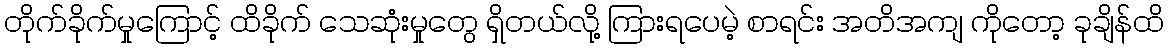
တိုက်ခိုက်မှုကြောင့် ထိခိုက် သေဆုံးမှုတွေ ရှိတယ်လို့ ကြားရပေမဲ့ စာရင်း အတိအကျ ကိုတော့ ခုချိန်ထိ